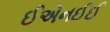
ઈએનઈઈ